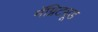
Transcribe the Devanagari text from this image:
मॅग्निट्यूड